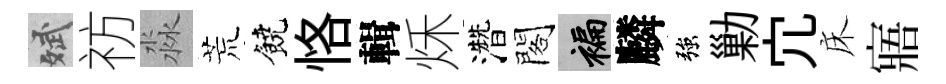
斌祊淼荒饒恪輯秌濳閣褊麟強勦宂床寤